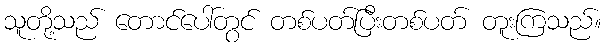
သူတို့သည် တောင်ပေါ်တွင် တစ်ပတ်ပြီးတစ်ပတ် တူးကြသည်။